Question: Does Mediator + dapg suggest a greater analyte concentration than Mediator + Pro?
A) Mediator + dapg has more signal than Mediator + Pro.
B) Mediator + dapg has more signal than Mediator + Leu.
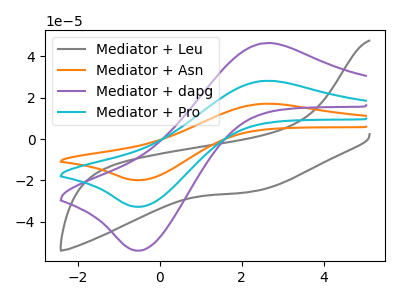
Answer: <think>The gray curve "Mediator + Leu" has no peaks. The orange curve "Mediator + Asn" has an anodic peak at (2.55V, 56.30uA) and a cathodic peak at (-0.50V, -65.50uA). The purple curve "Mediator + dapg" has an anodic peak at (2.55V, 46.40uA) and a cathodic peak at (-0.50V, -53.95uA). The cyan curve "Mediator + Pro" has an anodic peak at (2.55V, 28.15uA) and a cathodic peak at (-0.50V, -32.75uA).
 All the peaks in "Mediator + dapg" have a peak in "Mediator + Pro" at the same potential. Every peak in "Mediator + dapg" is higher than every peak in "Mediator + Pro".</think>
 <answer>A) "Mediator + dapg" has more signal than "Mediator + Pro".</answer>
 <eval>A</eval>